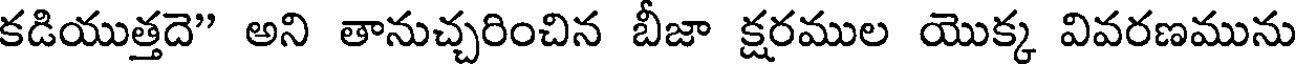
కడియుత్తదె" అని తానుచ్చరించిన బీజా క్షరముల యొక్క వివరణమును